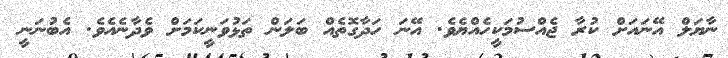
ނާޔަލް އޭނައަށް ކުރާ ޖެއްސުމަކީހެއްޔެވެ. އޭނަ ހަދާގޮތެއް ބަލަން ތަޅުވަނީކަމަށް ވެދާނެއެވެ. އެބުނަނީ